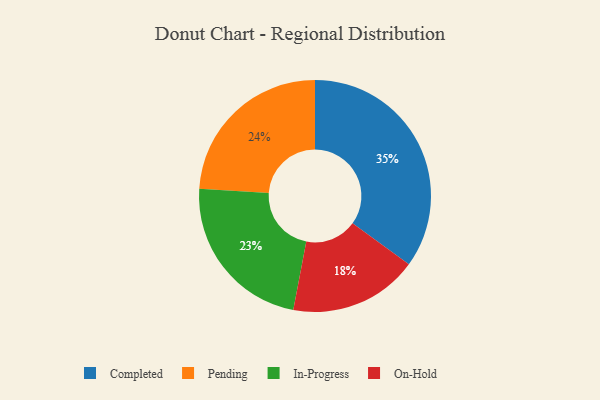
{"axis": {"x": "Category", "y": "Percentage"}, "legend": ["Completed", "In-Progress", "On-Hold", "Pending"], "data": [{"x": "Pending", "y": 24, "type": "Pending"}, {"x": "Completed", "y": 35, "type": "Completed"}, {"x": "On-Hold", "y": 18, "type": "On-Hold"}, {"x": "In-Progress", "y": 23, "type": "In-Progress"}]}